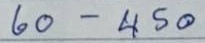
60 - 450